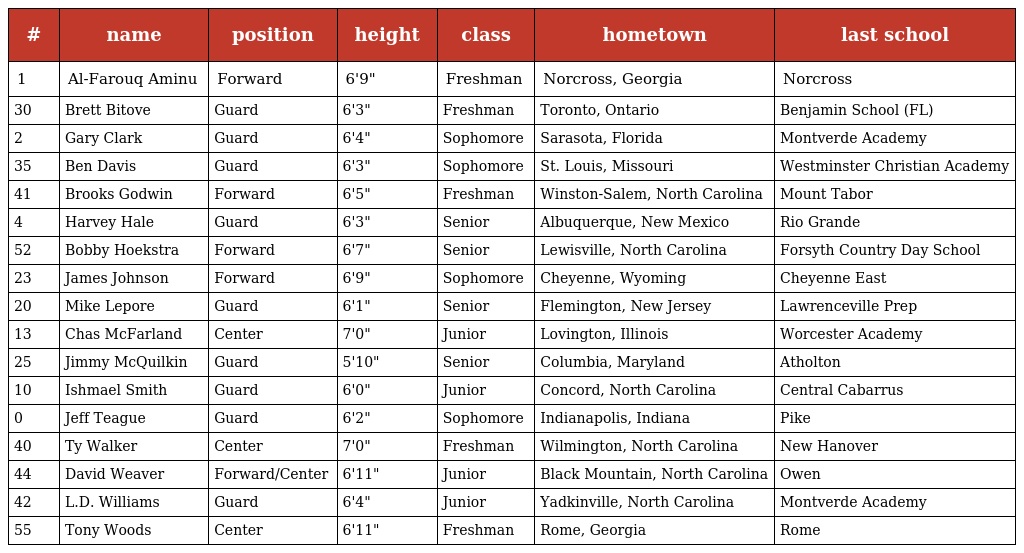
| # | name | position | height | class | hometown | last school |
 | --- | --- | --- | --- | --- | --- | --- |
 | 1 | Al-Farouq Aminu | Forward | 6'9" | Freshman | Norcross, Georgia | Norcross |
 | 30 | Brett Bitove | Guard | 6'3" | Freshman | Toronto, Ontario | Benjamin School (FL) |
 | 2 | Gary Clark | Guard | 6'4" | Sophomore | Sarasota, Florida | Montverde Academy |
 | 35 | Ben Davis | Guard | 6'3" | Sophomore | St. Louis, Missouri | Westminster Christian Academy |
 | 41 | Brooks Godwin | Forward | 6'5" | Freshman | Winston-Salem, North Carolina | Mount Tabor |
 | 4 | Harvey Hale | Guard | 6'3" | Senior | Albuquerque, New Mexico | Rio Grande |
 | 52 | Bobby Hoekstra | Forward | 6'7" | Senior | Lewisville, North Carolina | Forsyth Country Day School |
 | 23 | James Johnson | Forward | 6'9" | Sophomore | Cheyenne, Wyoming | Cheyenne East |
 | 20 | Mike Lepore | Guard | 6'1" | Senior | Flemington, New Jersey | Lawrenceville Prep |
 | 13 | Chas McFarland | Center | 7'0" | Junior | Lovington, Illinois | Worcester Academy |
 | 25 | Jimmy McQuilkin | Guard | 5'10" | Senior | Columbia, Maryland | Atholton |
 | 10 | Ishmael Smith | Guard | 6'0" | Junior | Concord, North Carolina | Central Cabarrus |
 | 0 | Jeff Teague | Guard | 6'2" | Sophomore | Indianapolis, Indiana | Pike |
 | 40 | Ty Walker | Center | 7'0" | Freshman | Wilmington, North Carolina | New Hanover |
 | 44 | David Weaver | Forward/Center | 6'11" | Junior | Black Mountain, North Carolina | Owen |
 | 42 | L.D. Williams | Guard | 6'4" | Junior | Yadkinville, North Carolina | Montverde Academy |
 | 55 | Tony Woods | Center | 6'11" | Freshman | Rome, Georgia | Rome |